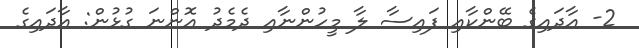
2- އާދައިގެ ބޭންކާއި ފައިސާ ލާ މީހުންނާއި ދެމެދު އޮންނަ ގުޅުން: އާދައިގެ